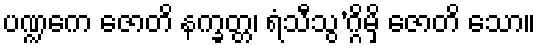
ပဏ္ဍကေ ဇောတိ နက္ခတ္တ၊ ရံသီသွ’ဂ္ဂိမှိ ဇောတိ သော။